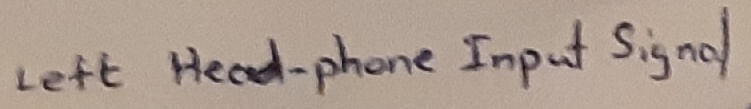
Text: Left headphone-Input signal